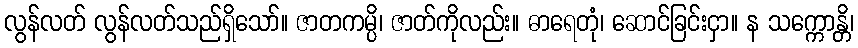
လွန်လတ် လွန်လတ်သည်ရှိသော်။ ဇာတကမ္ပိ၊ ဇာတ်ကိုလည်း။ ဓာရေတုံ၊ ဆောင်ခြင်းငှာ။ န သက္ကောန္တိ၊